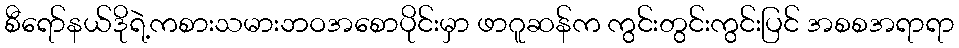
စီရော်နယ်ဒိုရဲ့ကစားသမားဘဝအစောပိုင်းမှာ ဖာဂူဆန်က ကွင်းတွင်းကွင်းပြင် အစစအရာရာ